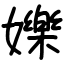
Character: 㜰